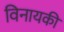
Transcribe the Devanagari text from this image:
विनायकी